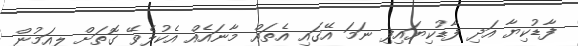
ފާޑުކިޔާ އަދި ފާޑުކިޔައިފި ނަމަ އޭގައި އެތައް މާނައެއް އެކުލެވޭ ގޮތަށް ލިއަމުން